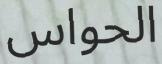
الحواس